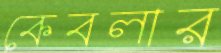
কেবলার